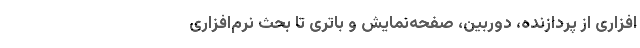
‌افزاری از پردازنده، دوربین، صفحه‌نمایش و باتری تا بحث نرم‌افزاری